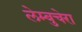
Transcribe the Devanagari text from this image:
लेम्बुचेरा